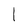
Character: l